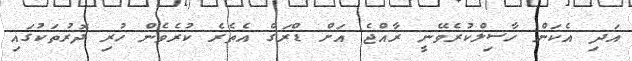
އަދި އެކަން ހާސިލްކުރެވޭނީ ރާއްޖެ އަށް ޑްރަގް އެތެރެ ކުރެވެން ހުރި ދޮރުތަކުގައި